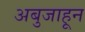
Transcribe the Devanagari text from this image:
अबुजाहून